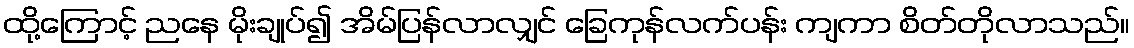
ထို့ကြောင့် ညနေ မိုးချုပ်၍ အိမ်ပြန်လာလျှင် ခြေကုန်လက်ပန်း ကျကာ စိတ်တိုလာသည်။